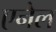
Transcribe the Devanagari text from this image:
एनेल